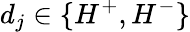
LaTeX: d_{j}\in\{ H^{+},H^{-}\}